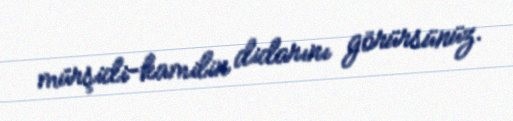
mürşidi-kamilin didarını görürsünüz.